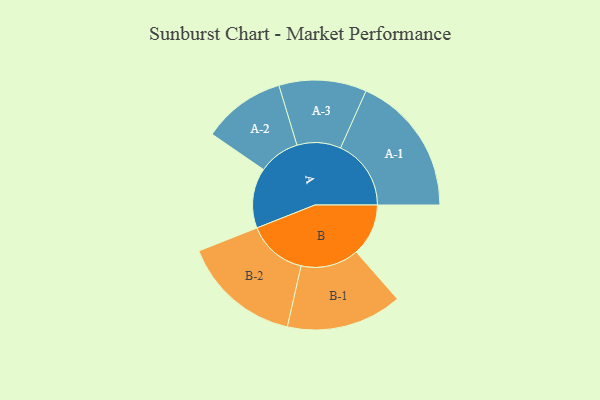
{"axis": {"x": "Segment", "y": "Value"}, "legend": ["", "A", "B"], "data": [{"x": "A", "y": 251, "type": ""}, {"x": "B", "y": 218, "type": ""}, {"x": "A-1", "y": 295, "type": "A"}, {"x": "A-2", "y": 173, "type": "A"}, {"x": "A-3", "y": 183, "type": "A"}, {"x": "B-1", "y": 242, "type": "B"}, {"x": "B-2", "y": 249, "type": "B"}]}